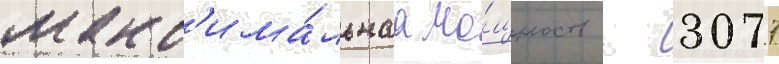
макс'има́льнаа мо́щность - 3077